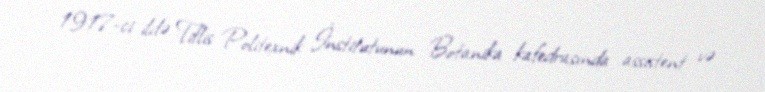
1917-ci ildə Tiflis Politexnik İnstitutunun Botanika kafedrasında assistent və